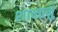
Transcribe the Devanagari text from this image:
शान्‍तनु